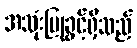
အသုံးပြုခွင့်ရှိသည်